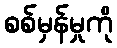
စစ်မှန်မှုကို